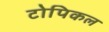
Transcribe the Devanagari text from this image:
टोपिकल